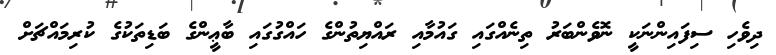
ދިވެހި ސިފައިންނަކީ ނޮވެންބަރު ތިނެއްގައި ގައުމާއި ރައްޔިތުންގެ ހައްގުގައި ބާޢީންގެ ބަޑިތަކުގެ ކުރިމައްޗަށް